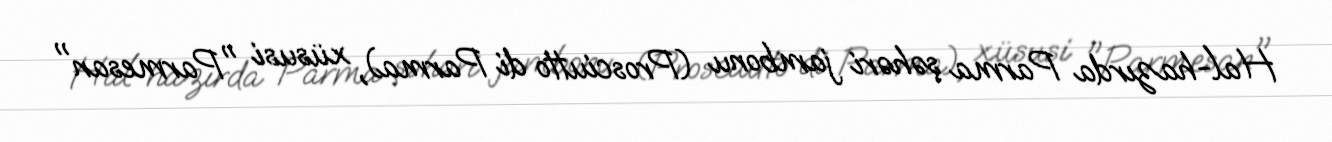
Hal-hazırda Parma şəhəri jambonu (Prosciutto di Parma), xüsusi "Parmesan"